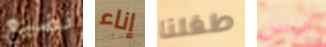
نضيع إناء طفلنا ليس